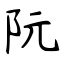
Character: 阮